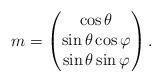
LaTeX: \begin{align*} m = \begin{pmatrix} \cos \theta \\\sin \theta \cos \varphi \\\sin \theta \sin \varphi\end{pmatrix}.\end{align*}